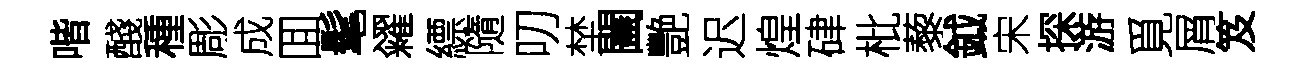
喈醆種彫成囬髦糴縹隨叨埜闔艷迟煌硉枇藜鉞宋探游覓屑笈